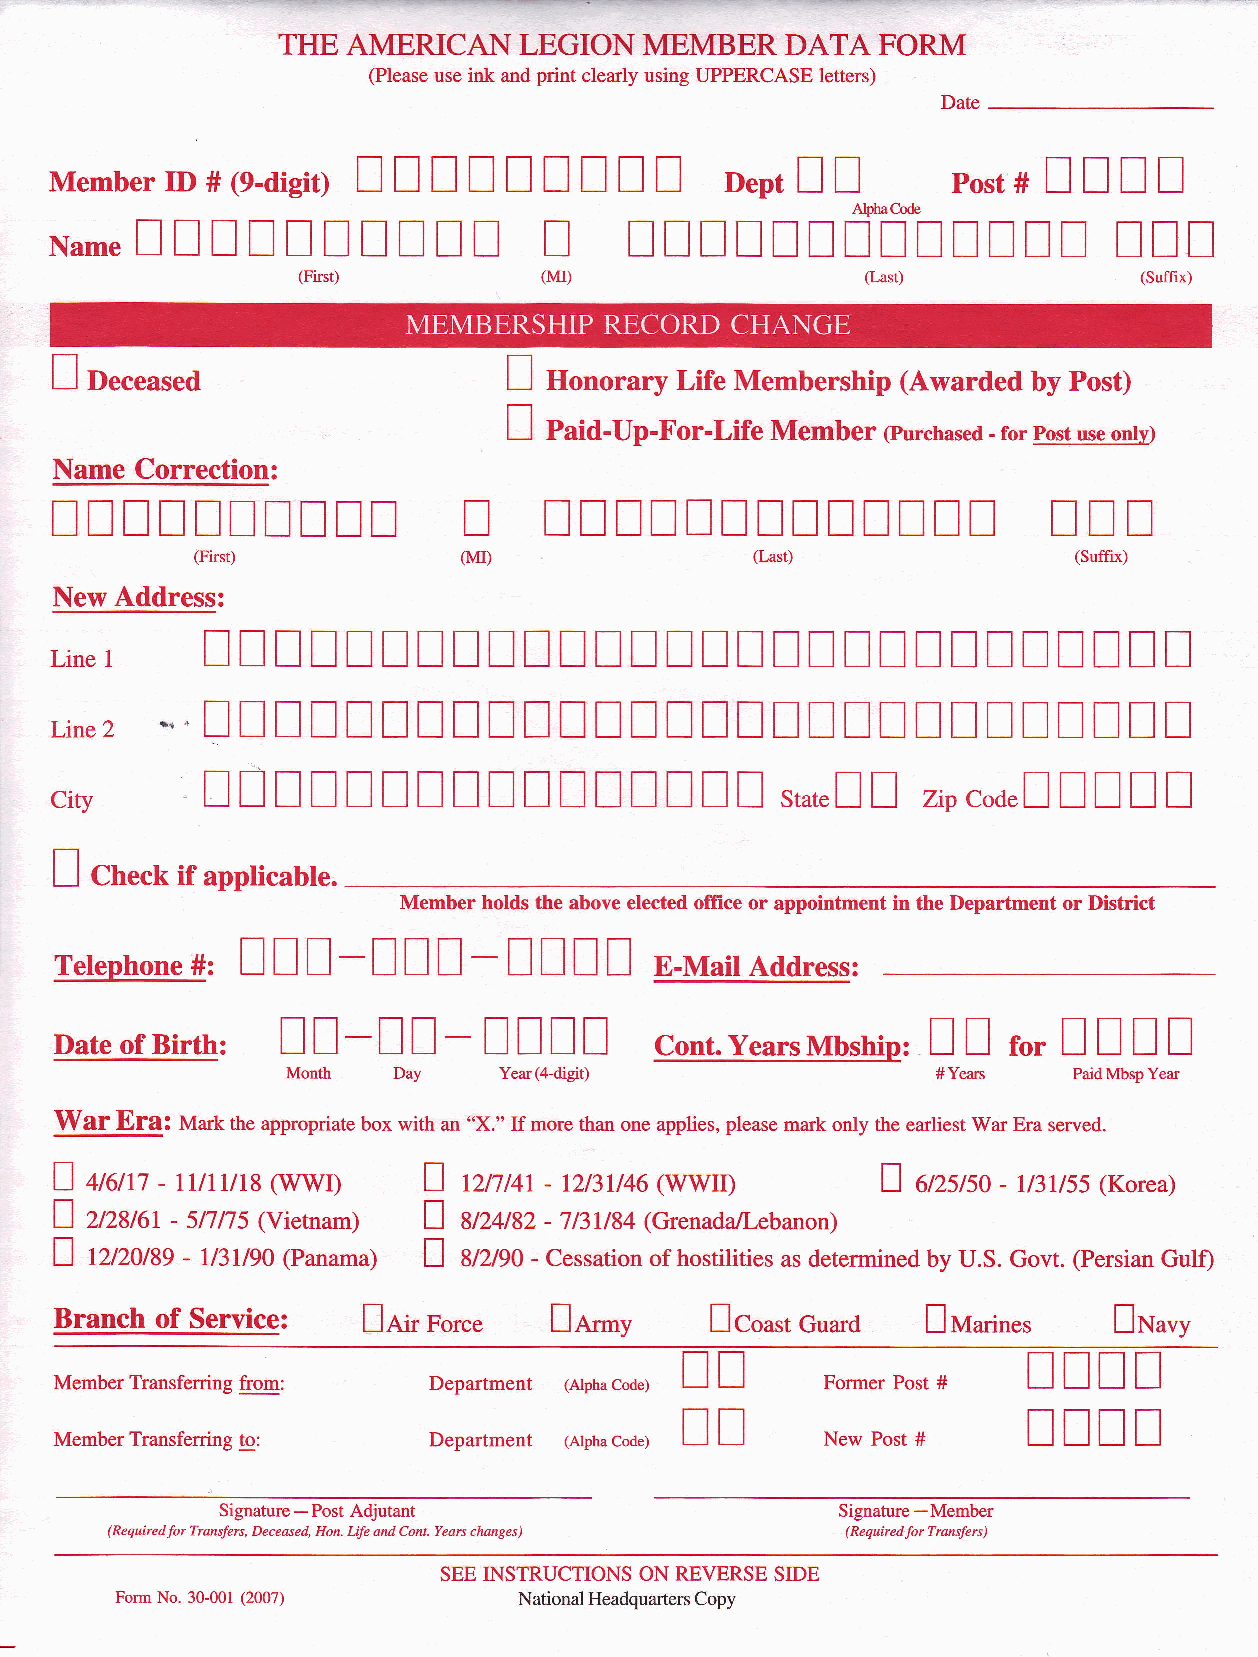
THE  AMERICAN   LEGION   MEMBER   DATA  FORM
 (Please use ink and print clearly using UPPERCASE letters)
 Date
 !If    IIIIII                !I              IInI
 MemberID#(e-digit)                           Dept           Post#
 TTT!!TT!TT                 T     [[!TTTfltTIITNT                 III
 NAME
 f                              I
 D.".ur.d                      Horrorary Life Membership (Awarded by Post)
 I p"ia-Up-For-Life
 Memb€r  (purchased - for post use only)
 Name Correction:
 I
 TTITTTTIIT                       NTTT[NNTTITTT
 TNT
 (First)           (I\fl)             (Last)               (Suffix)
 New Address:
 I
 !      I         I      I !  I   I           I    I      I
 T T    T T    T T T    T T         T    T T T  T   T    T T    T
 LiNE
 *'     !                         I  I I               I    !    !
 L.NE2     T T    T T T  X T T  T T T  T        T  T T T  T T    T   T    T
 City       I I !  I I I    I I  I I    I I  I I        f           I  I I I
 n          n            stut"I    zip codel
 I
 Cn..f if applicable.
 Member holds the above elected office or appointment in the Department or District
 I I I-II     !      ! I I
 -
 Telephone #:                  n        E-Mal  Address:
 II-II-IIII                                 Il      IlIl
 Date of Birth:                         cont.yearsMbship'       ro,
 Month  Day    Year(4-digit)                #Yean    PaidMbspYear
 Waf Efa3 Mark the appropriate box with an "X." ff more than one applies, please mark only the earliest War Era served.
 J uent - nn r/ls (wwr)  n  nnt4r - tzt3tt46(wwr)      J  etzstso - v3tt55 (Korea)
 I azuil      (vietnam)  |
 - 5/7t75            vzuaz - 7t3UB4 (Grenada/Lebanon)
 J ntZOtgg - lt3Itg} (Panama) J AASO - Cessation of hostilities as determined by U.S. Govr. (Persian Gulfl
 Branch of Service:  nnit Force   !nt-v     ncou.t Guard  !u*in",      nNuuy
 TTII
 n  I
 Member Transferring from: Department (Alphacode)   Former Post #
 NT!T
 I  I
 Member Transferring to:  Department (Arphacode)    New Post #
 Signature - Post Adjutant                Signature -Member
 (Requiredfor Trmsfers, Deceased, Hon. Life and Cont. Years changes) ( Req uired.for Transfers )
 SEE INSTRUCTIONS ON REVERSE SIDE
 Form No. 30-001 (2007)    National Headquarters Copy